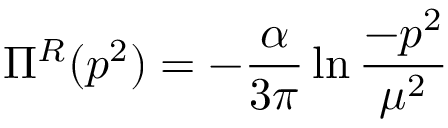
\Pi ^ { R } ( p ^ { 2 } ) = - \frac { \alpha } { 3 \pi } \ln \frac { - p ^ { 2 } } { \mu ^ { 2 } }